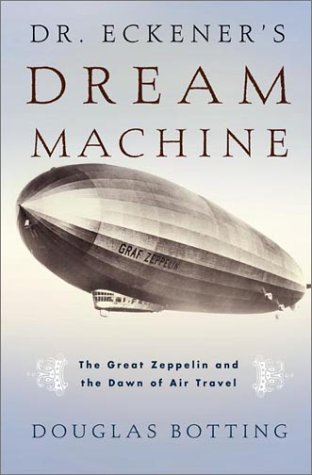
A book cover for Dr. Eckener's Dream Machine: The Great Zeppelin and the Dawn of Air Travel; Douglas Botting; Travel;